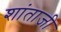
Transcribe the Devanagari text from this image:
शांताजी